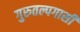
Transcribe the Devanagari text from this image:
गुरुतल्पगासी